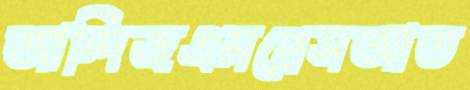
আন্দিজএমপ্রেসআত